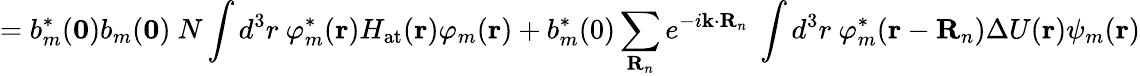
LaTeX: =b_{m}^{*}(\mathbf{0})b_{m}(\mathbf{0})\ N\int d^{3}r\ \varphi_{m}^{*}(\mathbf{r})H_{\mathrm{at}}(\mathbf{r})\varphi_{m}(\mathbf{r})+b_{m}^{*}(0)\sum_{\mathbf{R}_{n}}e^{-i\mathbf{k}\cdot\mathbf{R}_{n}}\ \int d^{3}r\ \varphi_{m}^{*}(\mathbf{r}-\mathbf{R}_{n})\Delta U(\mathbf{r})\psi_{m}(\mathbf{r})